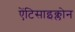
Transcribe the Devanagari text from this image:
ऐंटिसाइक्लोन